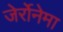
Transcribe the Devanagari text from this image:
जेर्रोनेमा